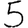
Digit: 5